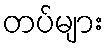
တပ်များ